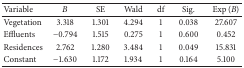
<table><thead><tr><td><b>Variable</b></td><td><b><i>B</i></b></td><td><b>SE</b></td><td><b>Wald</b></td><td><b>df</b></td><td><b>Sig.</b></td><td><b>Exp (<i>B</i>)</b></td></tr></thead><tbody><tr><td>Vegetation</td><td>3.318</td><td>1.301</td><td>4.294</td><td>1</td><td>0.038</td><td>27.607</td></tr><tr><td>Effluents</td><td>−0.794</td><td>1.515</td><td>0.275</td><td>1</td><td>0.600</td><td>0.452</td></tr><tr><td>Residences</td><td>2.762</td><td>1.280</td><td>3.484</td><td>1</td><td>0.049</td><td>15.831</td></tr><tr><td>Constant</td><td>−1.630</td><td>1.172</td><td>1.934</td><td>1</td><td>0.164</td><td>5.100</td></tr></tbody></table>